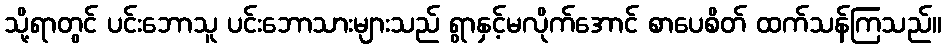
သို့ရာတွင် ပင်းဘောသူ ပင်းဘောသားများသည် ရွာနှင့်မလိုက်အောင် စာပေစိတ် ထက်သန်ကြသည်။